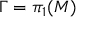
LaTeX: \Gamma = \pi _ { 1 } ( M )